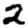
Digit: 2